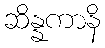
ဆိန္နကာနိ